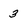
Character: 3